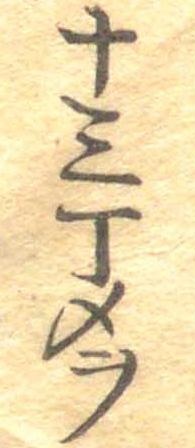
十三丁メヲ